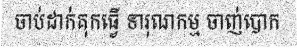
ចាប់ដាក់គុកធ្វើ ទារុណកម្ម ចាញ់បោក